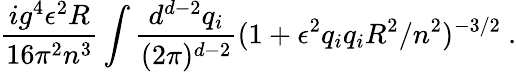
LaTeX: \frac{ig^{4}\epsilon^{2}R}{16\pi^{2}n^{3}}\int\frac{d^{d-2}q_{i}}{(2\pi)^{d-2}}(1+\epsilon^{2}q_{i}q_{i}R^{2}/n^{2})^{-3/2}\ .